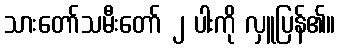
သားတော်သမီးတော် ၂ ပါးကို လှူပြန်၏။